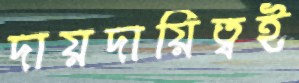
দায়দায়িত্বই